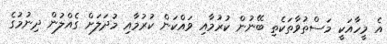
އެ މީހާއަކީ މަސްތުވާތަކެތި ބޭނުން ކުރުމާއި ވައްކަން ކުރުމާއި މުދަލަށް ގެއްލުން ދިނުމުގެ